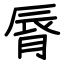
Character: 脣